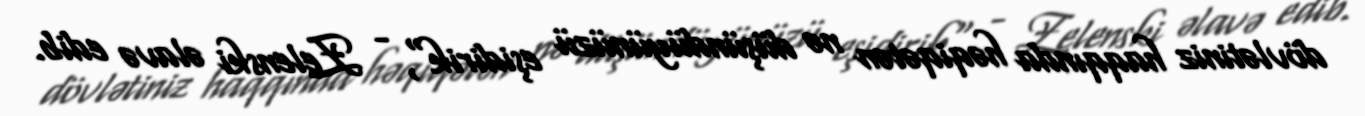
dövlətiniz haqqında həqiqətən nə düşündüyünüzü eşidirik", - Zelenski əlavə edib.